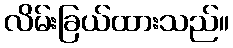
လိမ်းခြယ်ထားသည်။